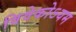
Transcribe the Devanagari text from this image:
विवेकोऽयम